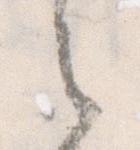
之